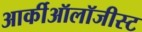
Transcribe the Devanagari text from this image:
आर्कीऑलॉजीस्ट